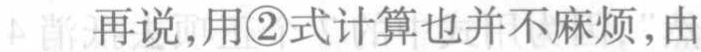
再说,用\textcircled{2}式计算也并不麻烦,由